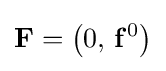
\mathbf {F} =\left(0,\,\mathbf {f} ^{0}\right)